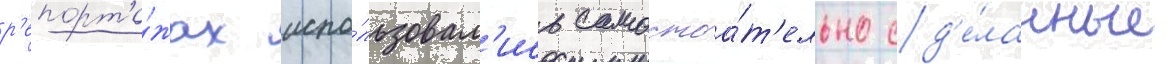
р'епорта́жах испо́льзовал'ись самостоа́т'ельно сд'е́ланные